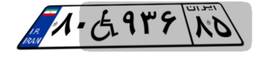
۰۳W۹۲۷۵۱